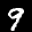
Label: 9